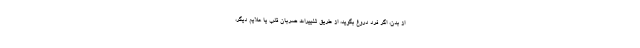
از بدن، اگر فرد دروغ بگوید، از طریق تغییرات ضربان قلب یا علایم دیگر،